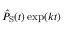
\hat { P } _ { \mathrm { S } } ( t ) \exp ( k t )